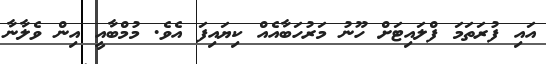
އައި ފުރަތަމަ ފްލައިޓަށް ހޫނު މަރުހަބާއެއް ކިޔައިފަ އެވެ. މުމްބާއީ އިން ވެލާނާ